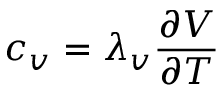
c _ { v } = \lambda _ { v } \frac { \partial V } { \partial T }